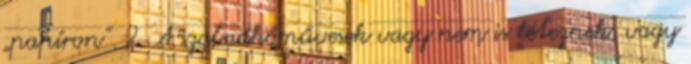
„papíron”. 2. A szabadkőművesek vagy nem is léteznek, vagy